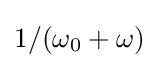
1/(\omega _{0}+\omega )